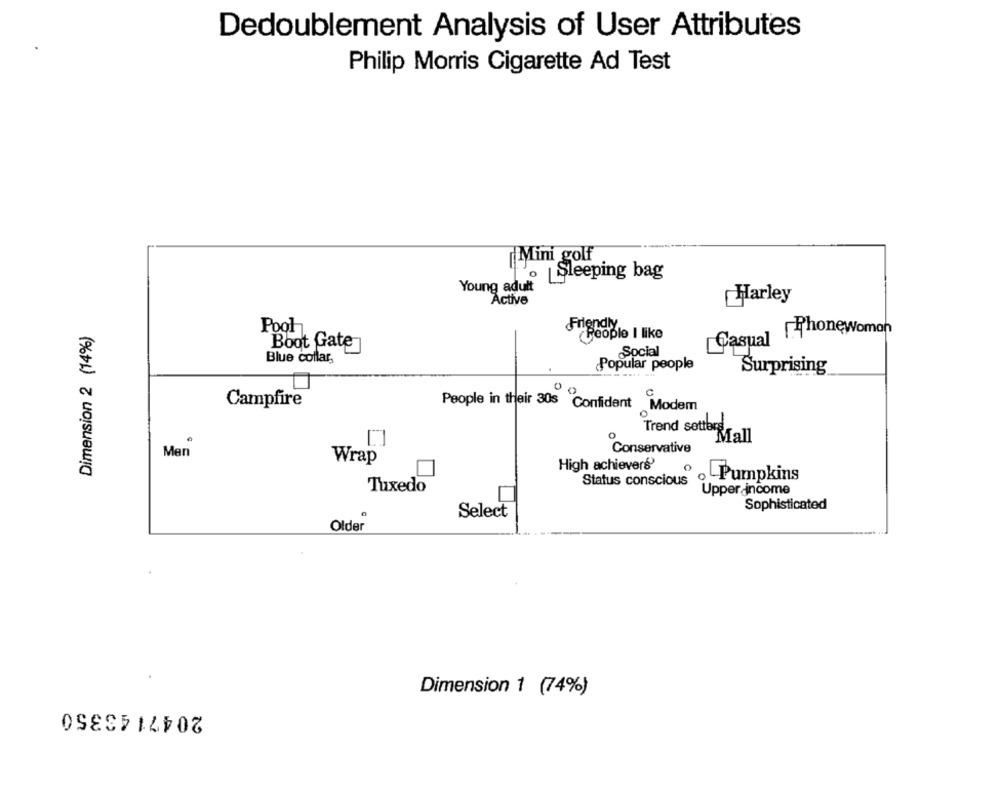
Dedoublement Analysis of User Attributes
Philip Morris Cigarette Ad Test
[Mini golf
o |Sleeping bag
Young adult
Active
Harley
Dimension 2 (14%)
Friendly
Casual PhoneWoman
Pool
People I like
Boot Gate
Social
Blue collar,
Popular people
Surprising
Campfire
People in their 30s Confident Modem
Trend setters
0
Mall
Conservative
Men
Wrap
High achievers'
0
Pumpkins
Status conscious
Tuxedo
Upper income
Sophisticated
Select
Older
Dimension 1 (74%)
20471 43350